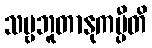
သဗ္ဗဘူတာနုကမ္ပီတိ